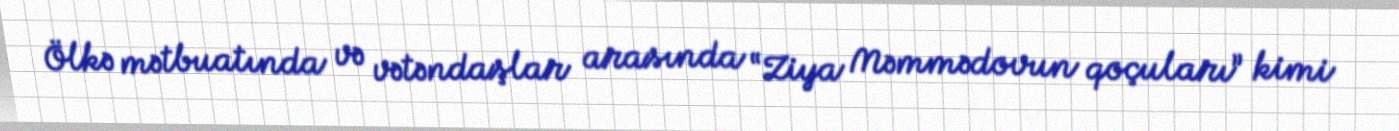
Ölkə mətbuatında və vətəndaşlar arasında “Ziya Məmmədovun qoçuları” kimi